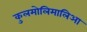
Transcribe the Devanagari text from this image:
कुलमोलिमालिआ